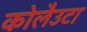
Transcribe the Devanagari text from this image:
कोलैउटा